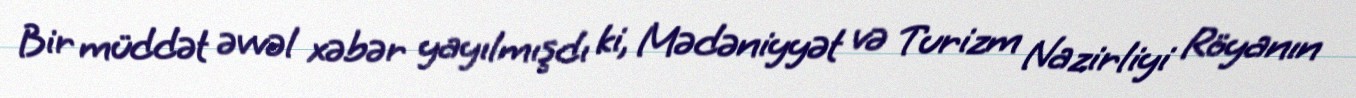
Bir müddət əvvəl xəbər yayılmışdı ki, Mədəniyyət və Turizm Nazirliyi Röyanın